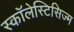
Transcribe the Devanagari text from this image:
स्कॉलेस्टिसिज्म